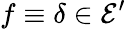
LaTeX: f\equiv\delta\in{\mathcal{E}}^{\prime}